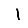
Digit: 1